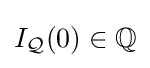
I_{\mathcal {Q}}(0)\in \mathbb {Q}